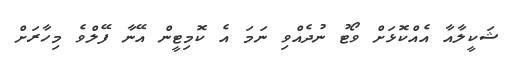
ޝަކީލާއާ އެއްކޮޅަށް ވޯޓު ނުދެއްވި ނަމަ އެ ކޮމިޓީން އޭނާ ފޭލްވެ މިހާރަށް